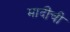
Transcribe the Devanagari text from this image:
मादींची